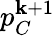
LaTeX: p_{C}^{\mathbf{k}+1}